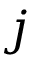
\boldsymbol { j }